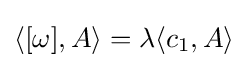
\langle [\omega ],A\rangle =\lambda \langle c_{1},A\rangle